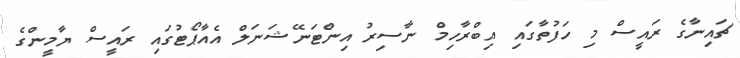
ޗައިނާގެ ރައީސް މި ހަފުތާގައި އިބްރާހިމް ނާސިރު އިންޓަނޭޝަނަލް އެއާޕޯޓުގައި ރައީސް ޔާމީންގެ